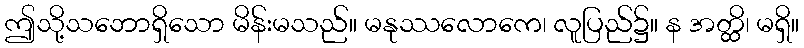
ဤသို့သဘောရှိသော မိန်းမသည်။ မနုဿလောကေ၊ လူပြည်၌။ န အတ္ထိ၊ မရှိ။